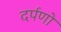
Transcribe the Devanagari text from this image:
दर्पणो